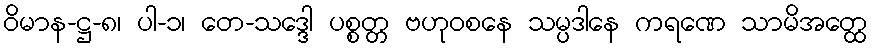
ဝိမာန-ဋ္ဌ-၈၊ ပါ-၁၊ တေ-သဒ္ဒေါ ပစ္စတ္တ ဗဟုဝစနေ သမ္ပဒါနေ ကရဏေ သာမိအတ္ထေ